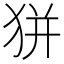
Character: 𤝴